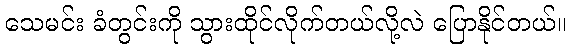
သေမင်း ခံတွင်းကို သွားထိုင်လိုက်တယ်လို့လဲ ပြောနိုင်တယ်။